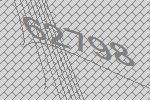
62798